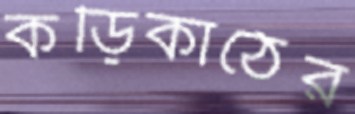
কড়িকাঠের